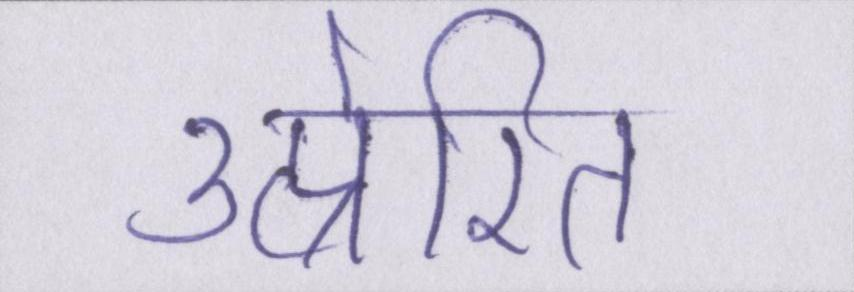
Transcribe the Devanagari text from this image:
उत्प्रेरित